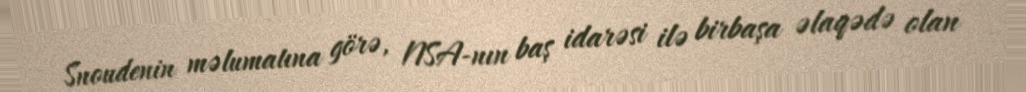
Snoudenin məlumatına görə, NSA-nın baş idarəsi ilə birbaşa əlaqədə olan